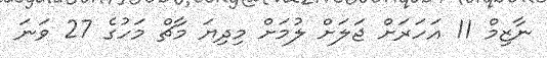
ނާޒިމް 11 އަހަރަށް ޖަލަށް ލުމަށް މިދިޔަ މާޗް މަހުގެ 27 ވަނަ